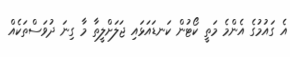
އެ ގައުމުގެ އެންމެ މަތީ ކޯޓުން ކަނޑައަޅައި ޖަލަށްލީތާ މާ ގިނަ ދުވަސްތަކެއް